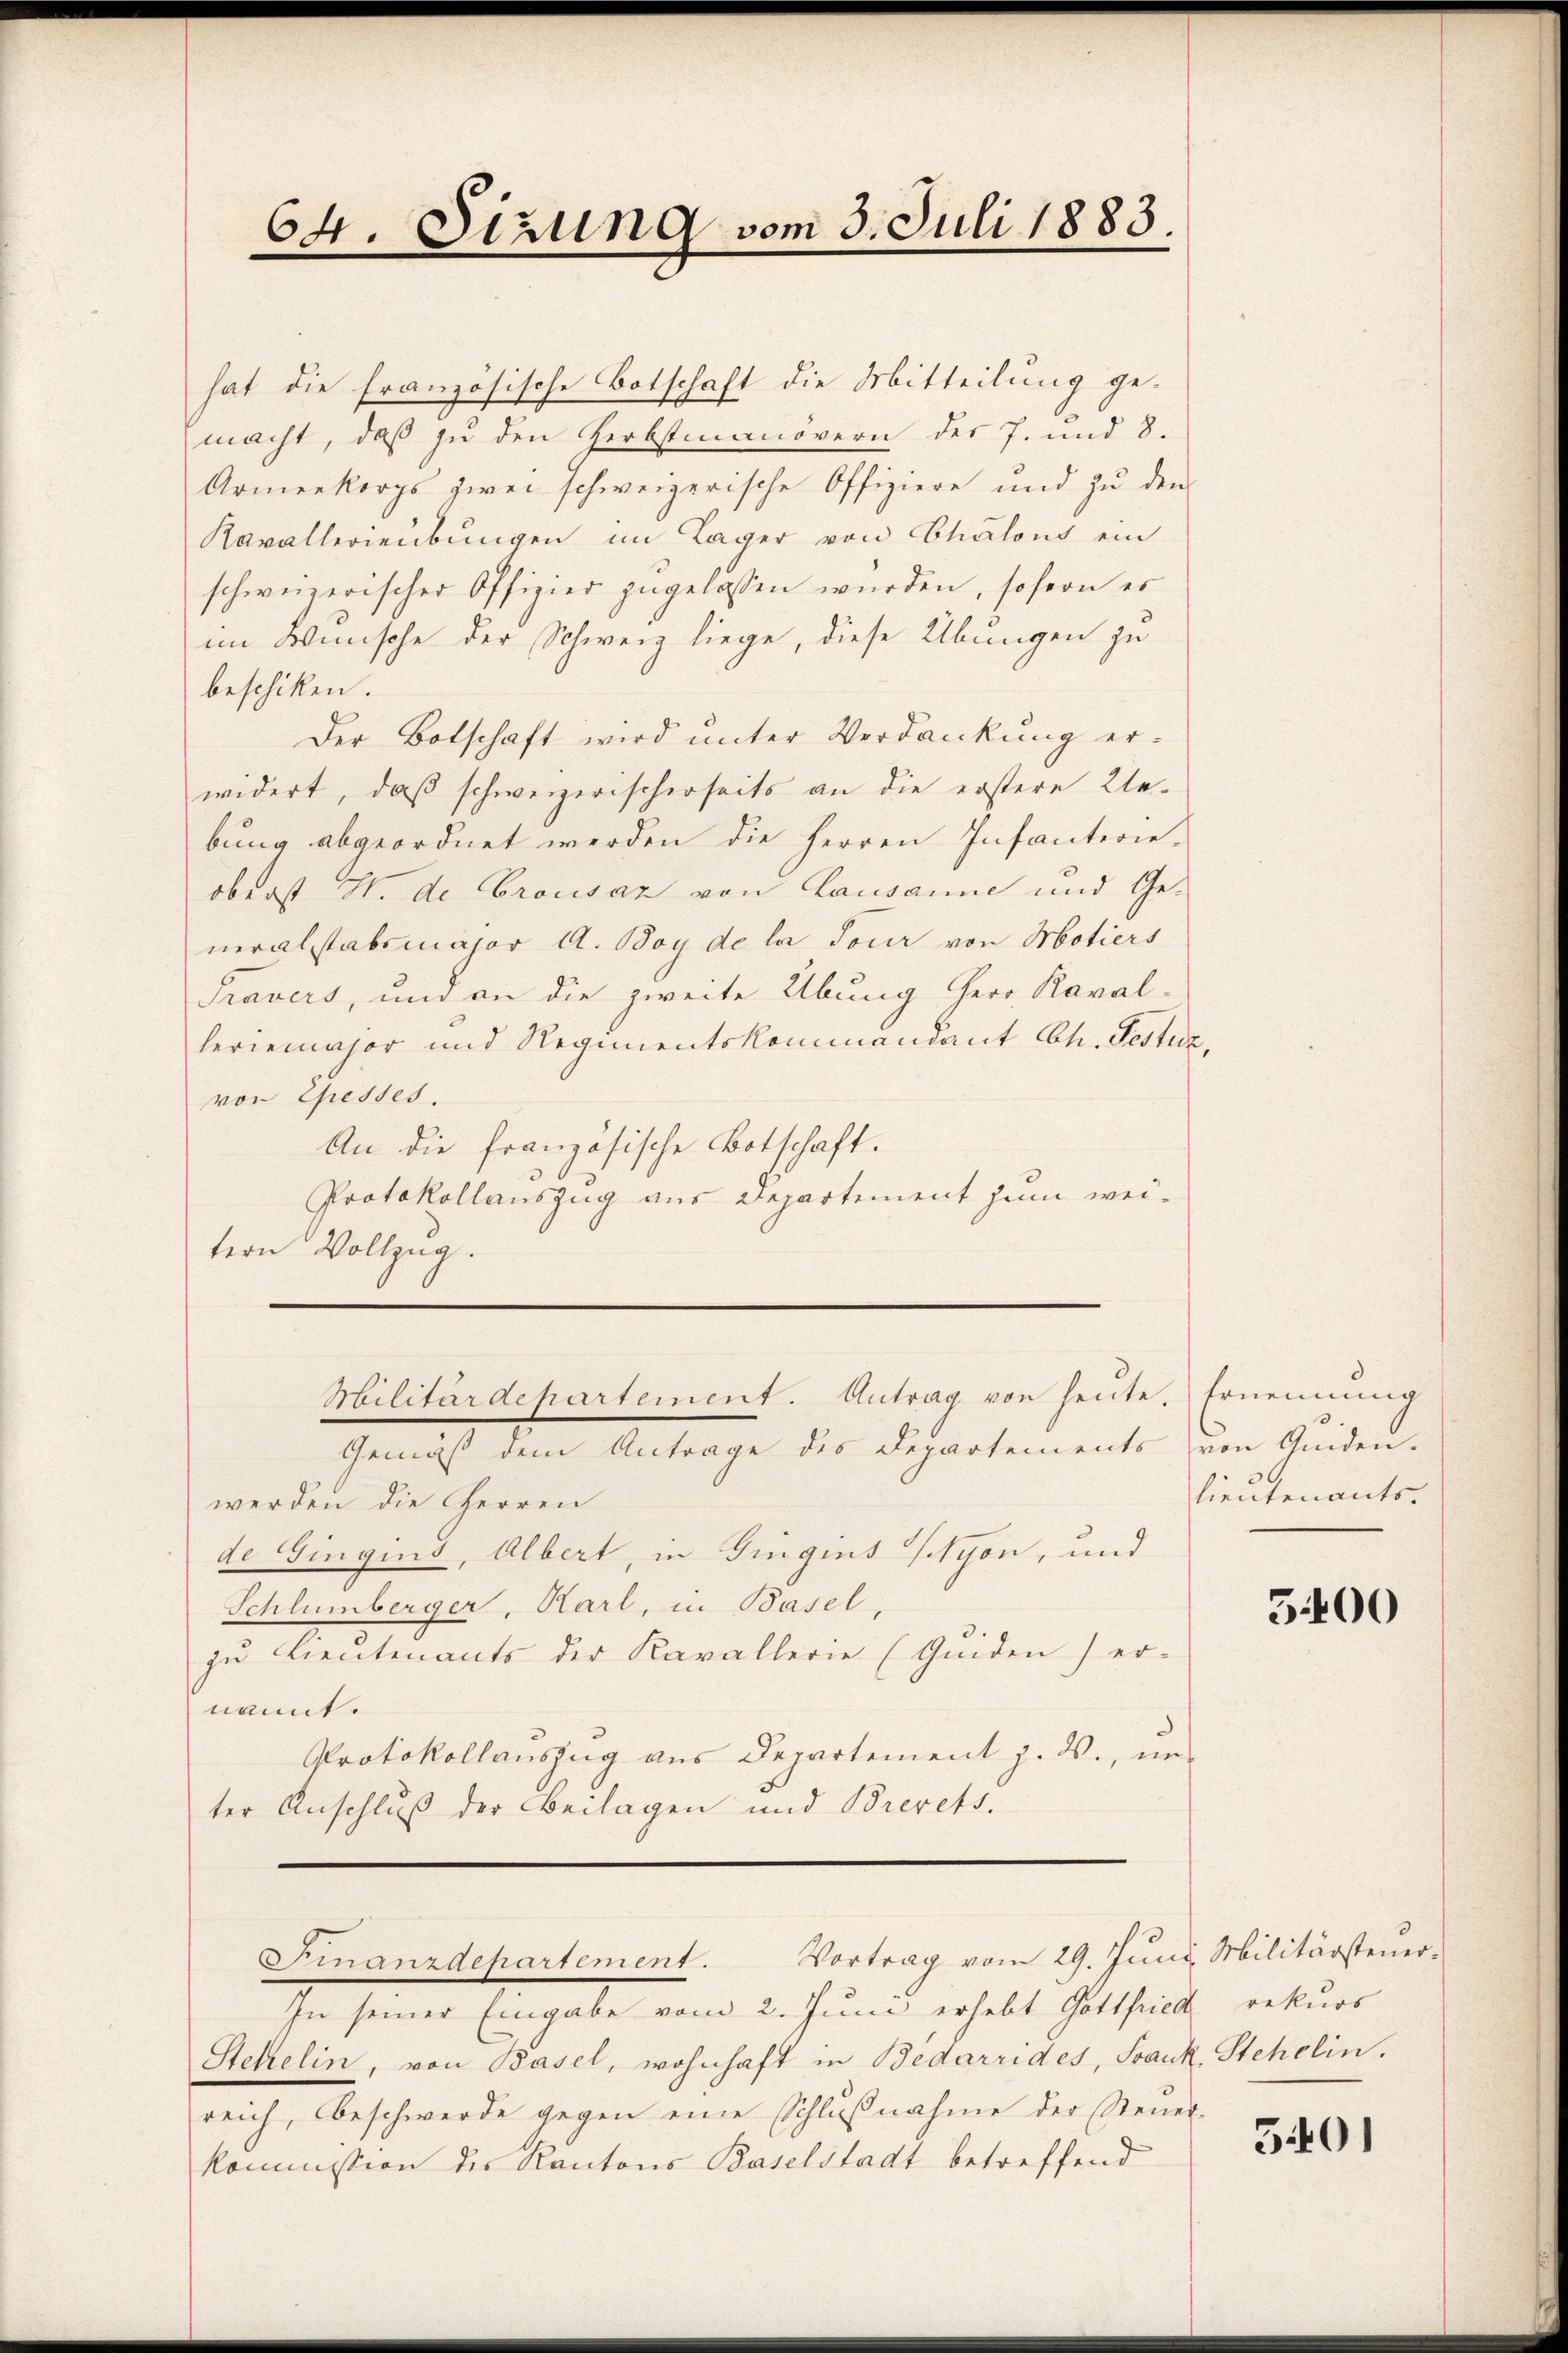
64. Sizung vom 3. Juli 1883.

hat die französische Botschaft die Mitteilung gemacht, daβ zŭ den Herbstmanövern des 7. und 8.
Armenkorps zwei schweizerische Offiziere und zŭ den
Kavallerieübungen im Lager von Chalons ein
schweizerischer Offizier zugelassen würden, sofern es
im Wünsche der Schweiz liege, diese Übungen zu
beschiken.
Der Botschaft wird unter Verdankung er-
widert, daß schweizerischerseits an die erstere Ue-
bung abgeordnet werden die Herren Infanterieoberst H. de Crousaz von Lausanne und Generalstabsmajor A. Boy de la jour von Motiers
Travers, und an die zweite Übung herr Kaval-
heriemajor und Regimentskommandant Ch. Festuz
von Chesses.
An die französische Botschaft.
Protokollauszug aus Departement zum weitern Vollzug.
Militärdepartement. Antrag von heute. Ernennung
Gemäß dem Antrage des Departements von Quiden-
werden die Herren
de Gingins, Albert, in Gingens (Nyon, und
Schlümberger, Karl, in Basel,
zu Lieutenants der Kavallerie (Guiden) er-
nannt.
Protokollauszug aus Departement J. W., unter Anschluß der Beilagen und Brevets.
Finanzdehartement. Vortrag vom 29. Juni Militärsteuer¬
In seiner Eingabe vom 2. Juni erhebt Gottfried rekurs
Stehelin, von Basel, wohnhaft in Bedarrides, Frank, Stehelin.
reich, beschwerde gegen eine Schlußnahme der Steuer-
kommission des Kantons Baselstadt betreffend

lieutenants.

5400

5401